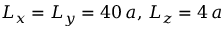
L _ { x } = L _ { y } = 4 0 \, a , \, L _ { z } = 4 \, a